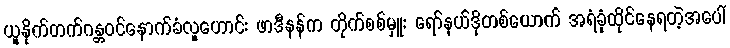
ယူနိုက်တက်ဂန္တဝင်နောက်ခံလူဟောင်း ဖာဒီနန်က တိုက်စစ်မှူး ရော်နယ်ဒိုတစ်ယောက် အရံခုံထိုင်နေရတဲ့အပေါ်